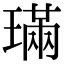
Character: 璊